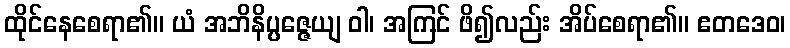
ထိုင်နေစေရာ၏။ ယံ အဘိနိပ္ပဇ္ဇေယျ ဝါ၊ အကြင် ဖိ၍လည်း အိပ်စေရာ၏။ ဧတဒေဝ၊